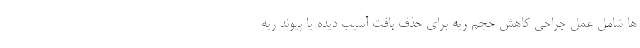
ها شامل عمل جراحی کاهش حجم ریه برای حذف بافت آسیب دیده یا پیوند ریه